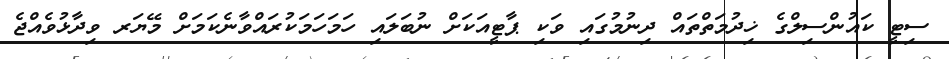
ސިޓީ ކައުންސިލްގެ ޚިދުމަތްތައް ދިނުމުގައި ވަކި ޕާޓީއަކަށް ނުބަލައި ހަމަހަމަކުރައްވާނެކަމަށް މޭޔަރ ވިދާޅުވެއްޖެ